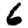
Digit: 6